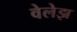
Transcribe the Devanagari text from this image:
वेलेझ